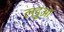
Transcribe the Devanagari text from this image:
लड़ुआ